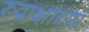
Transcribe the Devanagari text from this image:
रुद्राक्षाच्या